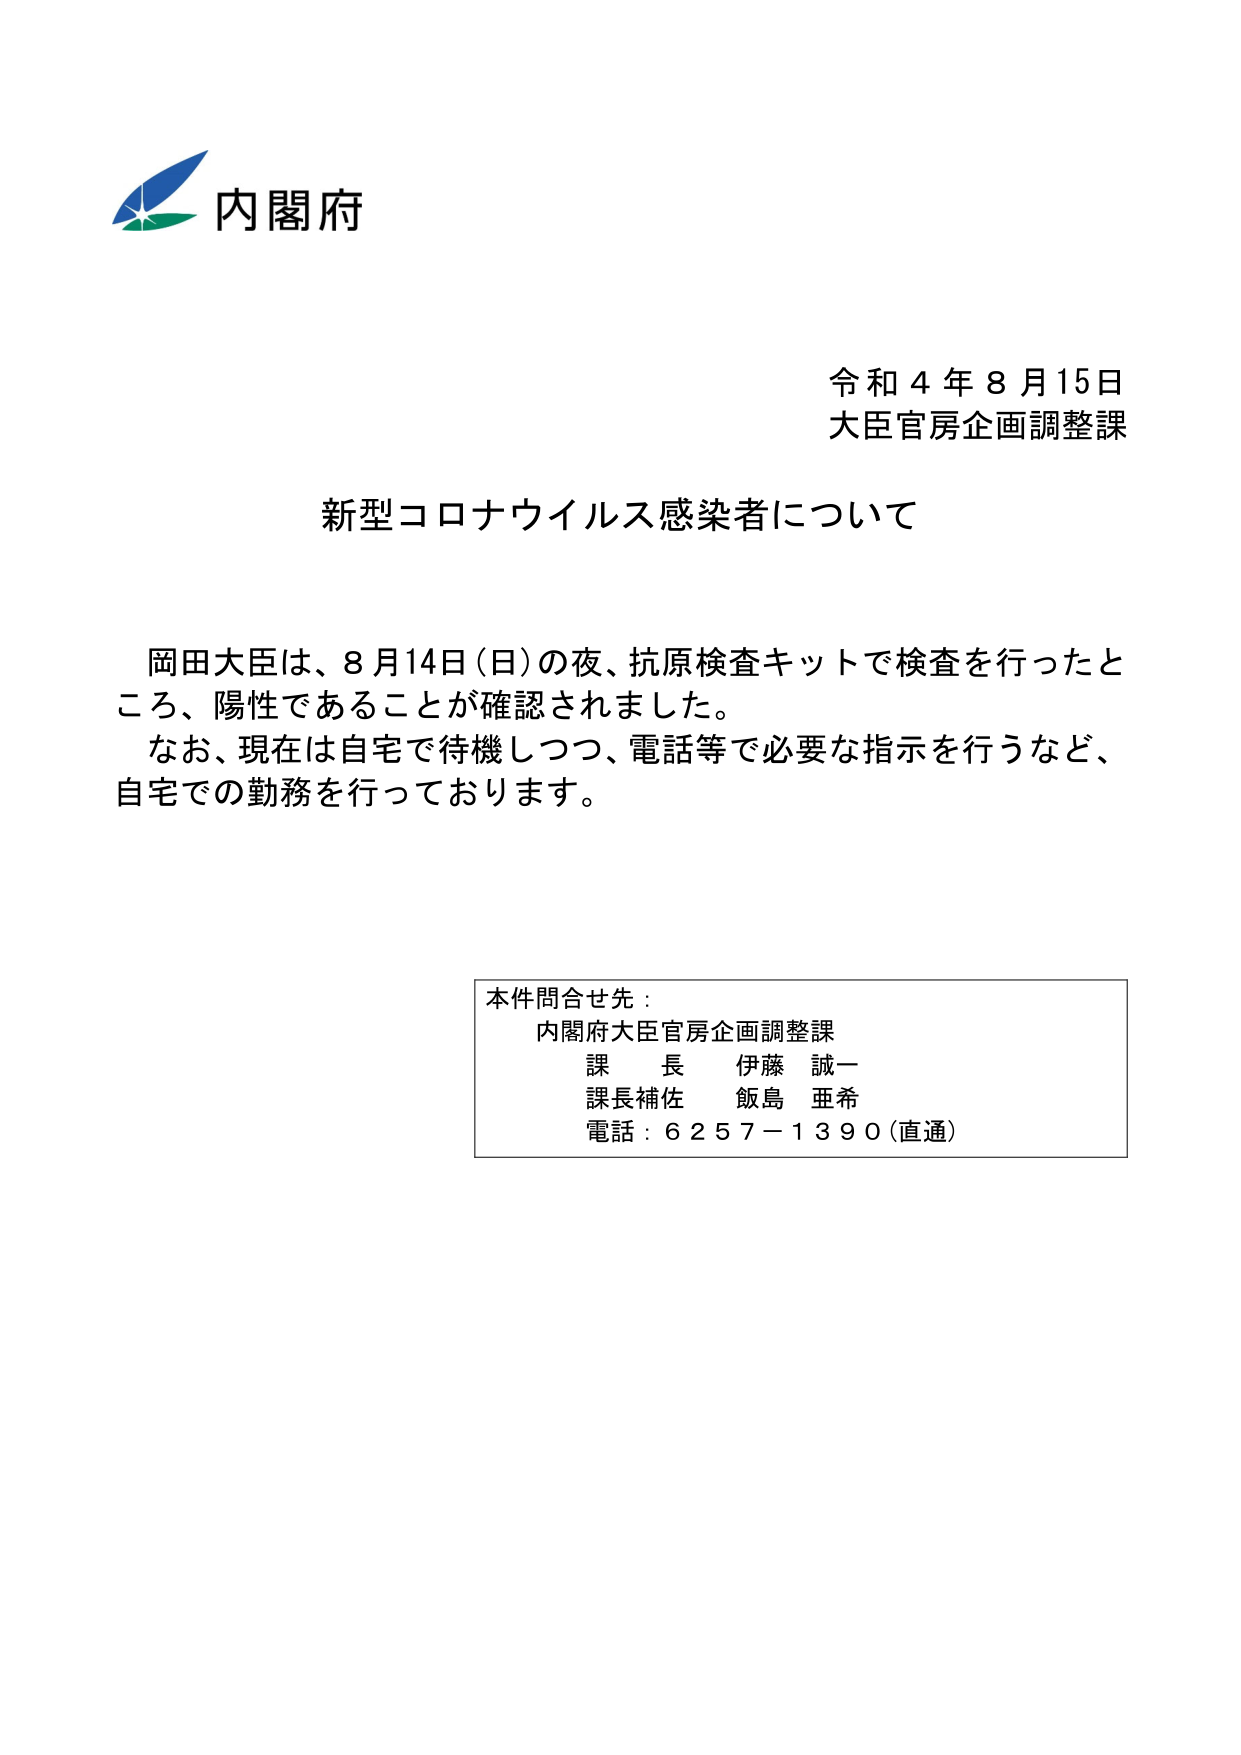
内閣府

令和４年８月15日
大臣官房企画調整課

新型コロナウイルス感染者について

岡田大臣は、8月14日（日）の夜、抗原検査キットで検査を行ったところ、陽性であることが確認されました。
なお、現在は自宅で待機しつつ、電話等で必要な指示を行うなど、自宅での勤務を行っております。

本件問合せ先：
内閣府大臣官房企画調整課
課長 伊藤 誠一
課長補佐 飯島 亜希
電話：6257－1390（直通）